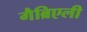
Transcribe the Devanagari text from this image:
गैब्रिएली